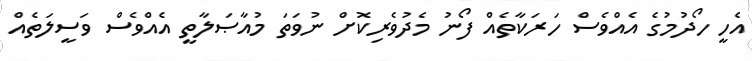
އެހީ ހޯދުމުގެ އެއްވެސް ހަރަކާތެއް ފޯނު މެދުވެރިކޮށް ނުވަތަ މުއާޞަލާތީ އެއްވެސް ވަސީލަތެއް